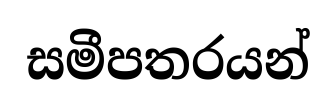
සමීපතරයන්